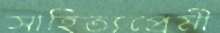
সাহিত্যপ্রেমী